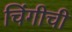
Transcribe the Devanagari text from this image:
चिंगीची